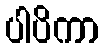
ပါပိကာ